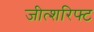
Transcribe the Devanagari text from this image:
जीत्शरिफ्ट